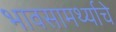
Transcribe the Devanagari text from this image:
भावसामर्थ्याचे